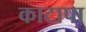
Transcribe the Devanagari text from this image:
काटापा